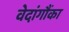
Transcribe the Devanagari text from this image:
वेदांगौंका